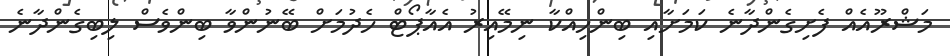
މަޝްރޫއެއް ފެށިގެންދާނެ ކަމަށާއި ބިންހިއްކާ ނިމޭއިރު އެއާޕޯޓް ހެދުމަށް ބޭނުންވާ ބިންވެސް ލިބިގެންދާނެ